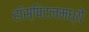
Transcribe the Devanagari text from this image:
हॉस्पिटलमध्यें